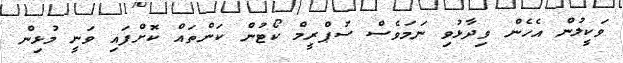
ވަކީލުން އެހެން ވިދާޅުވި ނަމަވެސް ސުޕްރީމް ކޯޓުން ކަންތައް ކޮށްފައި ވަނީ މުޅިން